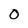
Character: O